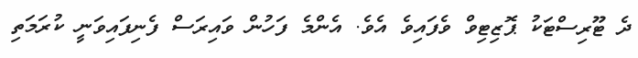
ދެ ޓޫރިސްޓަކު ޕޮޒިޓިވް ވެފައިވެ އެވެ. އެންމެ ފަހުން ވައިރަސް ފެނިފައިވަނީ ކުރަމަތި